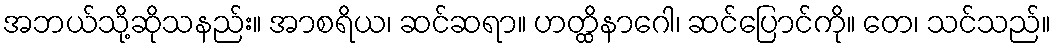
အဘယ်သို့ဆိုသနည်း။ အာစရိယ၊ ဆင်ဆရာ။ ဟတ္ထိနာဂေါ၊ ဆင်ပြောင်ကို။ တေ၊ သင်သည်။